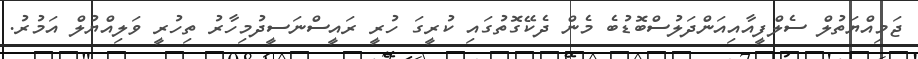
ޖަމިއްޔަތުލް ސެލްފީއާއިއަންދަލުސްބޮޑުބެ މެން ދެކޭގޮތުގައި ކުރީގަ ހުރީ ރައީސްނަސީދުމިހާރު ތިހުރީ ވަލިއްޔުލް އަމުރު.